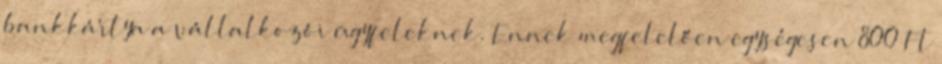
bankkártya a vállalkozói ügyfeleknek. Ennek megfelelően egységesen 800 Ft